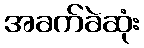
အခက်ခဲဆုံး